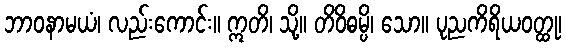
ဘာဝနာမယံ၊ လည်းကောင်း။ ဣတိ၊ သို့။ တိဝိဓမ္ပိ၊ သော။ ပုညကိရိယဝတ္ထု၊